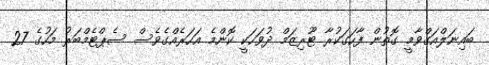
ބައިނަލްއަގްވާމީ ގޮތުން ފާހަގަކުރާ ޓޫރިޒަމް ދުވަހަކީ ކޮންމެ އަހަރެއްގެވެސް ސެޕްޓެމްބަރު މަހުގެ 27